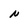
Character: N